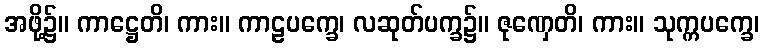
အဖို့၌။ ကာဋ္ဌေတိ၊ ကား။ ကာဠပက္ခေ၊ လဆုတ်ပက္ခ၌။ ဇုဏှေတိ၊ ကား။ သုက္ကပက္ခေ၊